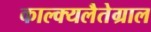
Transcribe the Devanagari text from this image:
काल्क्यलैतेग्राल